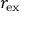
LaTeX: r _ { \mathrm { e x } }